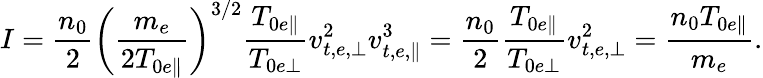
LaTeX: I=\frac{n_{0}}{2}\left(\frac{m_{e}}{2T_{0e\parallel}}\right)^{3/2}\frac{T_{0e\parallel}}{T_{0e\perp}}v_{t,e,\perp}^{2}v_{t,e,\parallel}^{3}=\frac{n_{0}}{2}\frac{T_{0e\parallel}}{T_{0e\perp}}v_{t,e,\perp}^{2}=\frac{n_{0}T_{0e\parallel}}{m_{e}}.